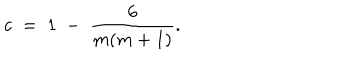
LaTeX: c \; = \; 1 \; - \; \frac { 6 } { m ( m + 1 ) } .